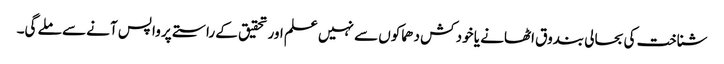
شناخت کی بحالی بندوق اٹھانے یا خود کش دھماکوں سے نہیں علم اور تحقیق کے راستے پر واپس آنے سے ملے گی۔